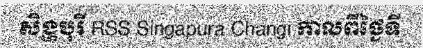
សិង្ហបុរី RSS Singapura Changi កាលពីថ្ងៃទី